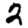
Digit: 2